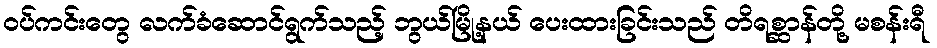
ဝပ်ကင်းတွေ လက်ခံဆောင်ရွက်သည့် ဘွယ်မြို့နယ် ပေးထားခြင်းသည် တိရစ္ဆာန်တို့ မစန်းရီ